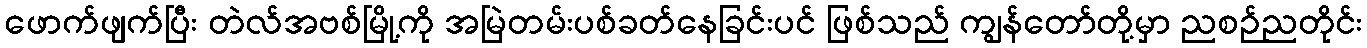
ဖောက်ဖျက်ပြီး တဲလ်အဗစ်မြို့ကို အမြဲတမ်းပစ်ခတ်နေခြင်းပင် ဖြစ်သည် ကျွန်တော်တို့မှာ ညစဉ်ညတိုင်း